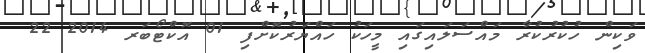
ވަކިން ހުކުރުކުރާ މައްސަލައިގައި މީހަކު ހައްޔަރުކޮށްފި 01 އޮކްޓޯބަރ 2014 22